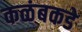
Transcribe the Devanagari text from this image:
कळंबकडे